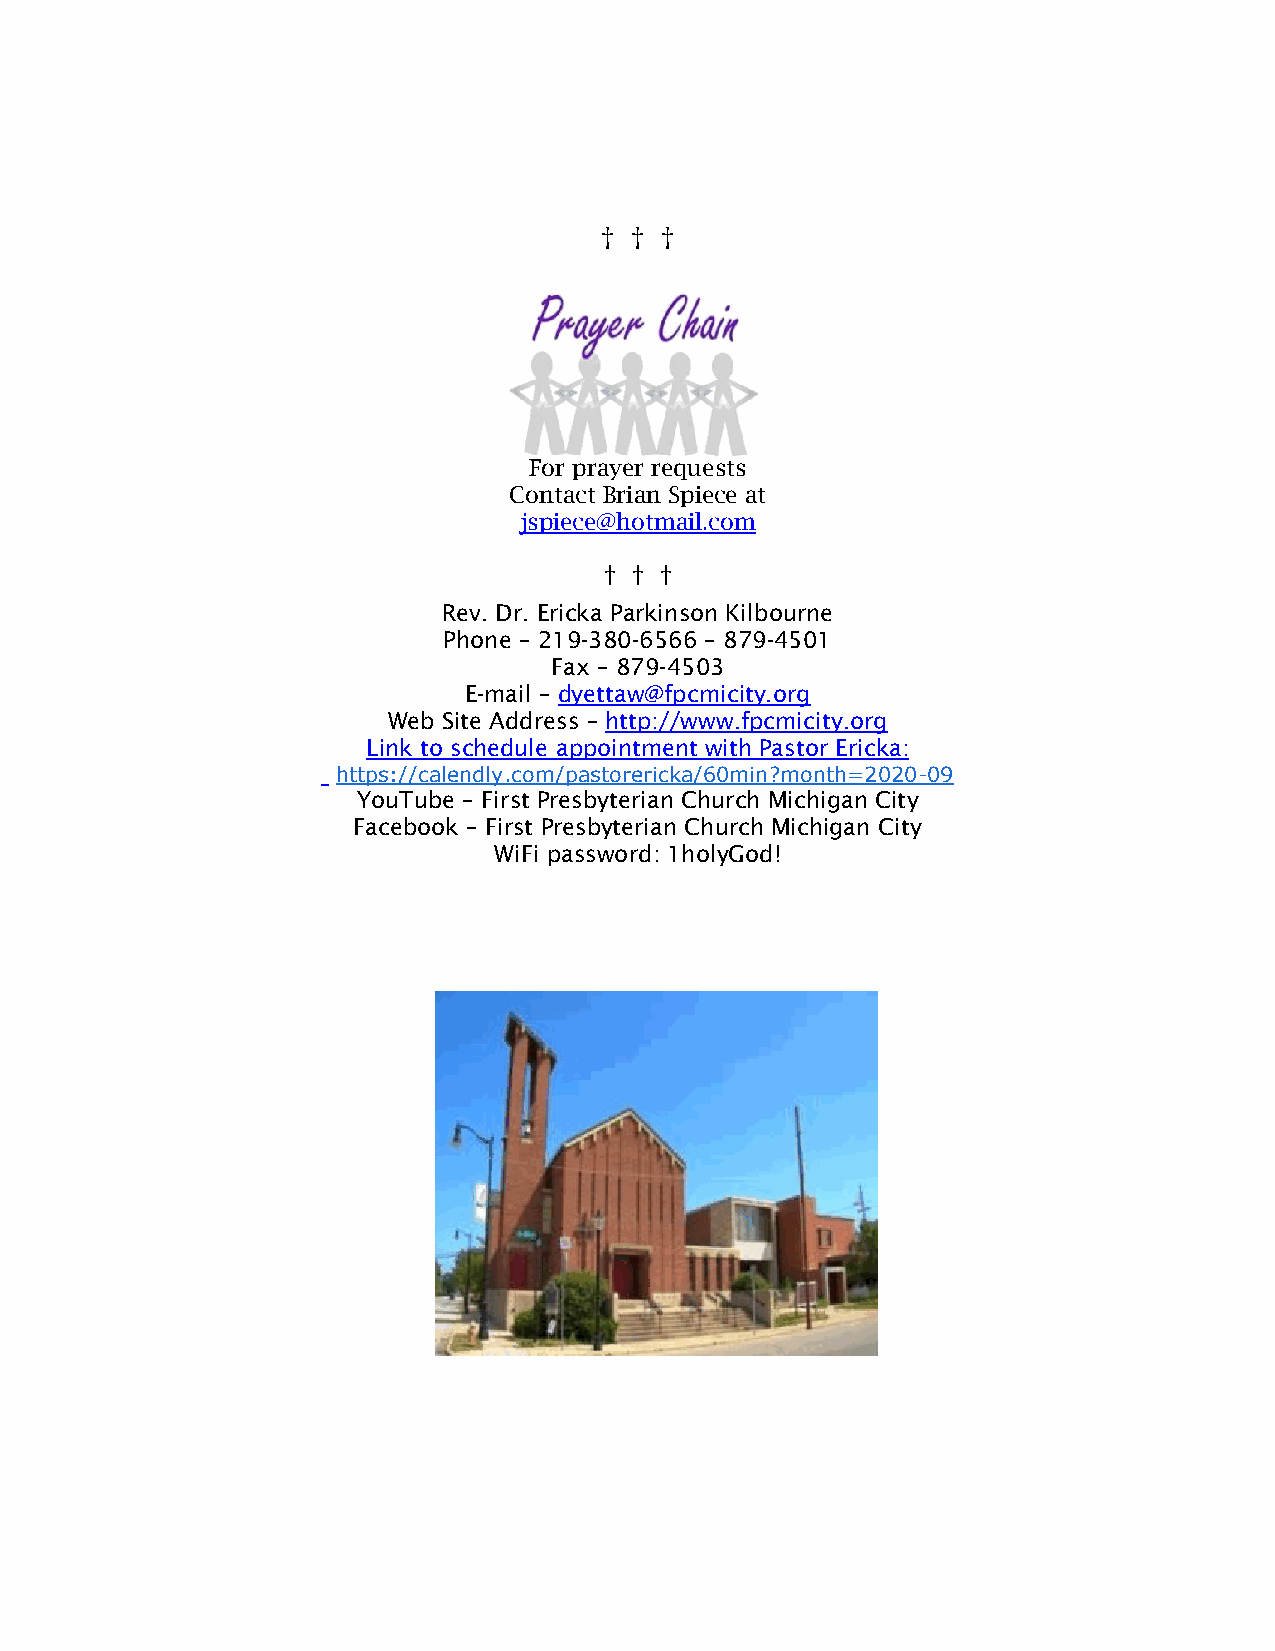
† † †
 For prayer requests
 Contact Brian Spiece at
 jspiece@hotmail.com
 † † †
 Rev. Dr. Ericka Parkinson Kilbourne
 Phone – 219-380-6566 – 879-4501
 Fax – 879-4503
 E-mail – dyettaw@fpcmicity.org
 Web Site Address – http://www.fpcmicity.org
 Link to schedule appointment with Pastor Ericka:
 https://calendly.com/pastorericka/60min?month=2020-09
 YouTube – First Presbyterian Church Michigan City
 Facebook – First Presbyterian Church Michigan City
 WiFi password: 1holyGod!